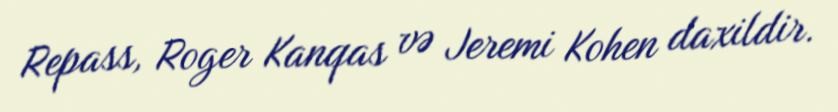
Repass, Roger Kanqas və Jeremi Kohen daxildir.